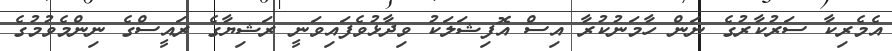
އެމެރިކާ ސަރުކާރުގެ ނަން ހާމަނުކުރާ އިސް އޮފިޝަލަކު ވިދާޅުވެފައިވަނީ ރަޝިޔާގެ ރައީސްގެ ނިންމެވުމުގެ